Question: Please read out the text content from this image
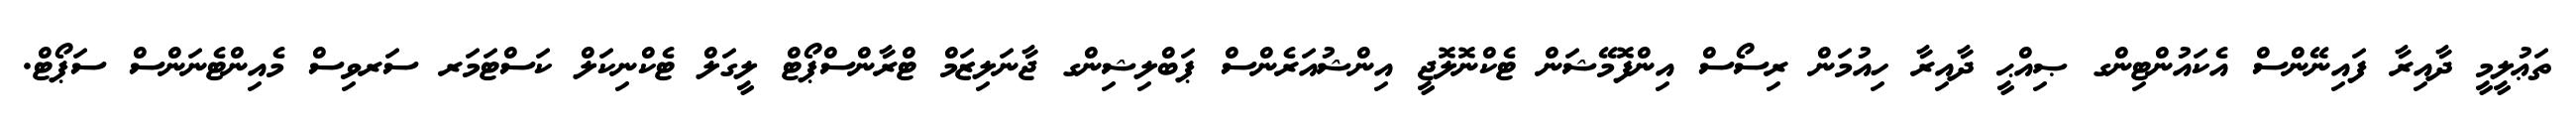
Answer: ތަޢުލީމީ ދާއިރާ ފައިނޭންސް އެކައުންޓިންގ ޞިއްޙީ ދާއިރާ ހިއުމަން ރިސޯސް އިންފޮމޭޝަން ޓެކްނޮލޮޖީ އިންޝުއަރެންސް ޕަބްލިޝިންގ ޖާނަލިޒަމް ޓްރާންސްޕޯޓް ލީގަލް ޓެކްނިކަލް ކަސްޓަމަރ ސަރވިސް މެއިންޓެނަންސް ސަޕޯޓް.